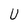
Character: U